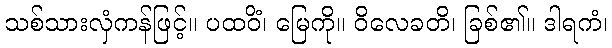
သစ်သားလှံကန်ဖြင့်။ ပထဝိံ၊ မြေကို။ ဝိလေခတိ၊ ခြစ်၏။ ဒါရကံ၊